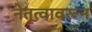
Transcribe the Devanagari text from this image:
नेतृत्वावरून